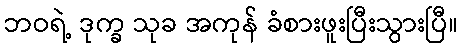
ဘဝရဲ့ ဒုက္ခ သုခ အကုန် ခံစားဖူးပြီးသွားပြီ။